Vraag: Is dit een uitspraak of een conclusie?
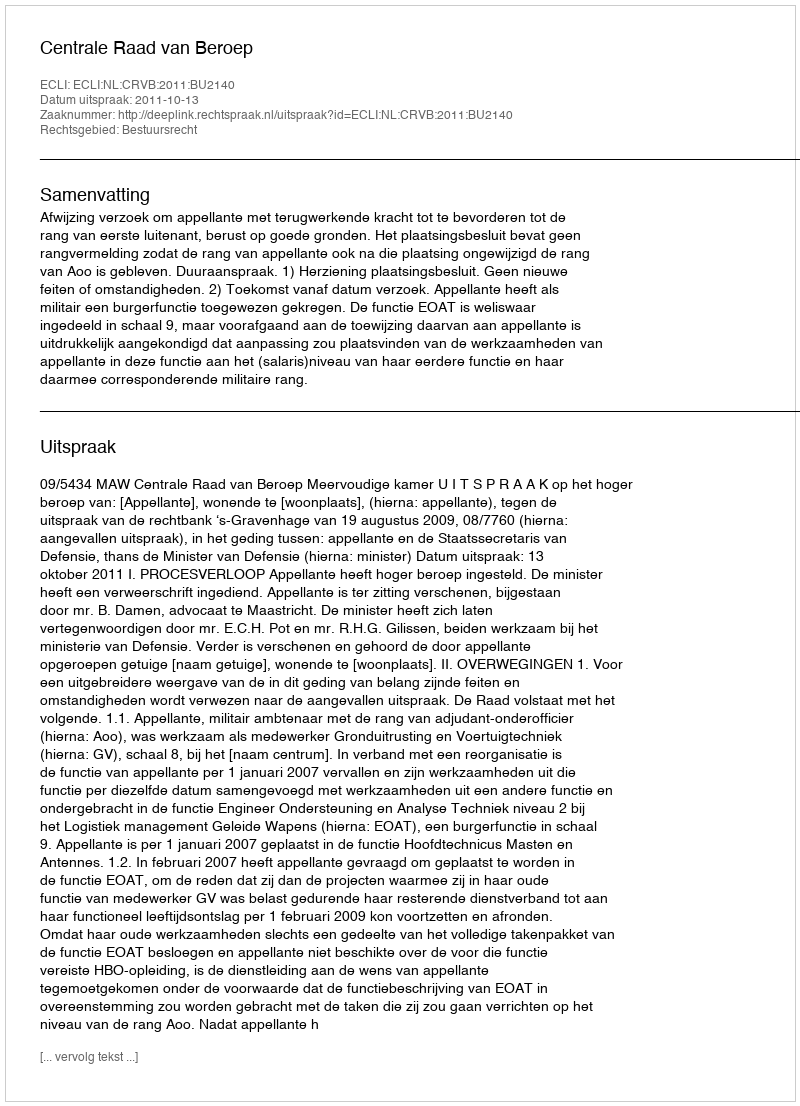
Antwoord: Uitspraak